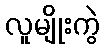
လူမျိုးကွဲ